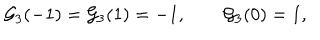
LaTeX: { \cal G } _ { 3 } ( - 1 ) = { \cal G } _ { 3 } ( 1 ) = - 1 , \qquad { \cal G } _ { 3 } ( 0 ) = 1 ,